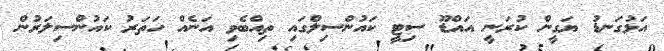
އަޅުގަނޑު ޔަގީން ކުރަނީ އައްޑޫ ސިޓީ ކައުންސިލްގައި ތިއްބެވި އަނެއް ހަތަރު ކައުންސިލަރުން